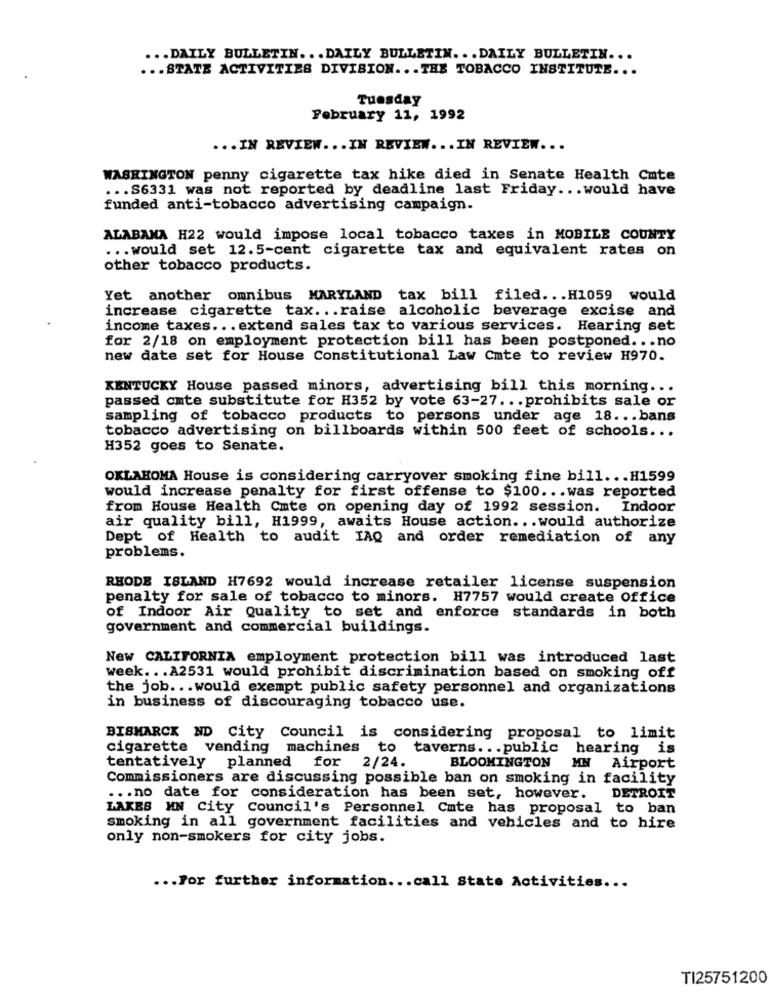
... DAILY BULLETIN ... DAILY BULLETIN ... DAILY BULLETIN ...
... STATE ACTIVITIES DIVISION ... THE TOBACCO INSTITUTE ...
Tuesday
February 11, 1992
... IN REVIEW ... IN REVIEW ... IN REVIEW ...
WASHINGTON penny cigarette tax hike died in Senate Health Cute
... S6331 was not reported by deadline last Friday .. . would have
funded anti-tobacco advertising campaign.
ALABAMA H22 would impose local tobacco taxes in MOBILE COUNTY
... would set 12.5-cent cigarette tax and equivalent rates on
other tobacco products.
Yet another omnibus MARYLAND tax bill filed ... H1059 would
increase cigarette tax ... raise alcoholic beverage excise and
income taxes ... extend sales tax to various services. Hearing set
for 2/18 on employment protection bill has been postponed ... no
new date set for House Constitutional Law Cmte to review H970.
KENTUCKY House passed minors, advertising bill this morning ...
passed cmte substitute for H352 by vote 63-27 ... prohibits sale or
sampling of tobacco products to persons under age 18 ... bans
tobacco advertising on billboards within 500 feet of schools ...
H352 goes to Senate.
OKLAHOMA House is considering carryover smoking fine bill ... H1599
would increase penalty for first offense to $100 ... was reported
from House Health Cmte on opening day of 1992 session. Indoor
air quality bill, H1999, awaits House action ... would authorize
Dept of Health to audit IAQ and order remediation of any
problems.
RHODE ISLAND H7692 would increase retailer license suspension
penalty for sale of tobacco to minors. H7757 would create Office
of Indoor Air Quality to set and enforce standards in both
government and commercial buildings.
New CALIFORNIA employment protection bill was introduced last
week ... A2531 would prohibit discrimination based on smoking off
the job ... would exempt public safety personnel and organizations
in business of discouraging tobacco use.
BISMARCK ND City Council is considering proposal to limit
cigarette vending machines to taverns ... public hearing is
BLOOMINGTON
tentatively planned for 2/24.
MN Airport
Commissioners are discussing possible ban on smoking in facility
... no date for consideration has been set, however. DETROIT
LAKES MN City Council's Personnel Cate has proposal to ban
smoking in all government facilities and vehicles and to hire
only non-smokers for city jobs.
... For further information ... call State Activities ...
TI25751200